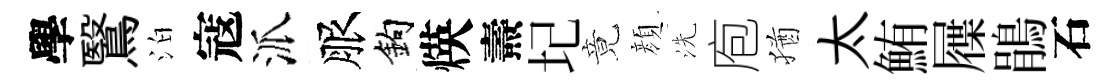
學鷖泊寇派服鈎煐燾圮竟顔洗庖猶太鮪屧鵑石